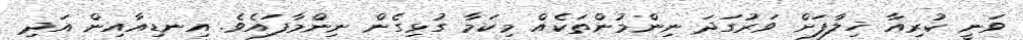
ވަނީ ކުރިއާ ޚިލާފަށް ވަރުގަދަ ނިންމުންތަކެއް މިކަމާ ގުޅިގެން ނިންމާފައެވެ. އިނޑިއާއިން އަދި